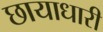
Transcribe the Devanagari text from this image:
छायाधारी